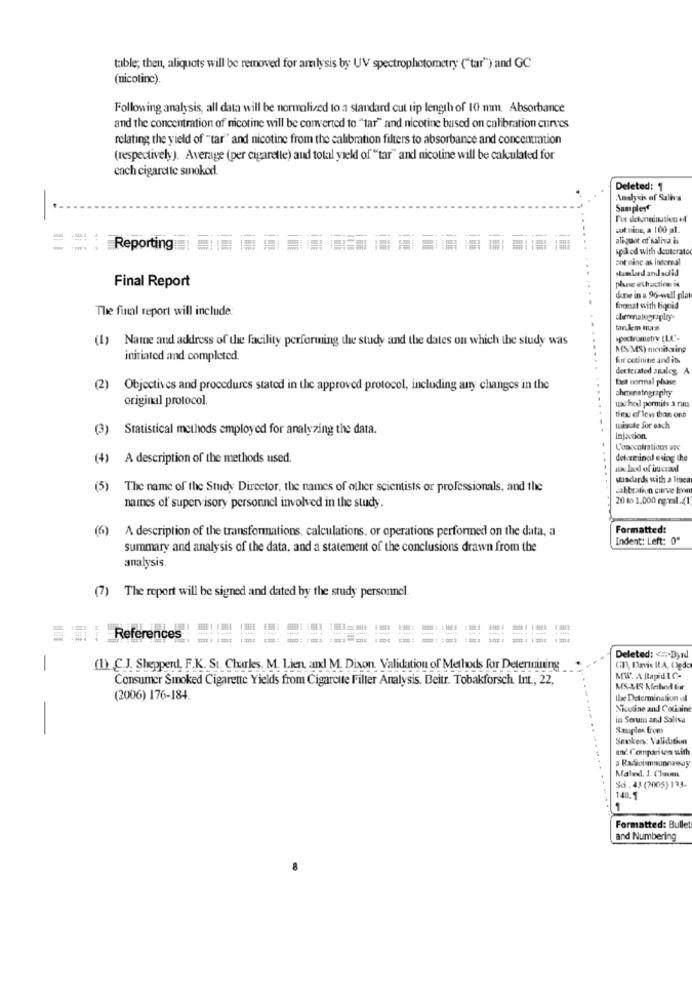
table; then, aliquots will be removed for amlysis by UV spectrophotometry ("tar") and GC
(nicotine).
Following analysis, all data will be normalized to a standard cut tip length of 10 mm. Absorbance
and the concentration of nicotine will be converted to "tar" and nicotine based on calibration curves
relating the yield of "tar" and nicotine from the calibration filters to absorbance and concentration
(respectively). Average (per cigarelle) aud total yield of "tar" and nicotine will be calculated for
cach cigarette smoked.
Deleted: 1
-
Analysis of Suliva
Samples
For detunaination e4
wut ning, a 100 al.
==:
ali quot of saliva is
Reporting
iplod with deuterato
pot ninc as intoreal
stumlard andsdid
Final Report
phoe extraction is
done in & 96-well plat
The final report will include:
focesat with liquid
tanken mas
(1) Name and address of the facility performing the study and the dates on which the study was
spectrumetry (LC-
MS/ MS) monitoring
initiated and completed.
for cotinine and its
decterated auales, A
Det normal phase
(2)
Objectives and procedures stated in the approved protocol, including any changes in the
cheunatography
original protocol.
ux-ho permits a rim
time of less than ont
(3)
Statistical methods employed for analyzing the data.
wingate for each
Infaction.
Concentrations are
(4) A description of the methods used.
det zeinal using the
salad of interadd
-. .
standards with a linca
(5)
The name of the Study Director, the names of other scientists or professionals, and the
calibration curve loon
20 to 1,000 rgmal.(1
names of supervisory personnel involved in the study.
(6)
A description of the transformations, calculations. or operations performed on the data, a
Formatted:
Indent: Left: 0"
summary and analysis of the data, and a statement of the conclusions drawn from the
analysis.
(7) The report will be signed and dated by the study personnel
== References
Deleted: < Byrd
-
(1) C.J. Shepperd, F.K. St. Charles, M. Lien, and M. Dixon Validation of Methods for Determining
Consumer Smoked Cigarette Yields from Cigarette Filter Analysis. Beitr. Tobakforsch. Int ., 22,
MW A Rapid IC-
MS.MIS Kelni Eur
(2006) 176-184.
the Determination al
Nicoline and Cotiain
in Serum and Saliva
Samples froms
Senken: Validation
and Comparison with
Maled, 1. (hacen.
Sd . 43 (2005) 133-
140.
1
Formatted: Bulle
and Numbering